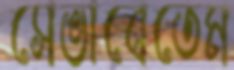
সেভাবেতেম